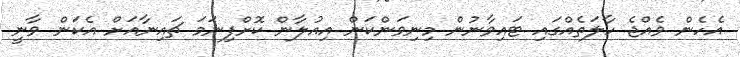
އެހެން ވެއްޖެ ހާލަތެއްގައި ޓައިވާނުން މިނިވަންކަން އިއުލާން ކޮށްފިނަމަ ޗައިނާއަށް އެކަން ވާނީ